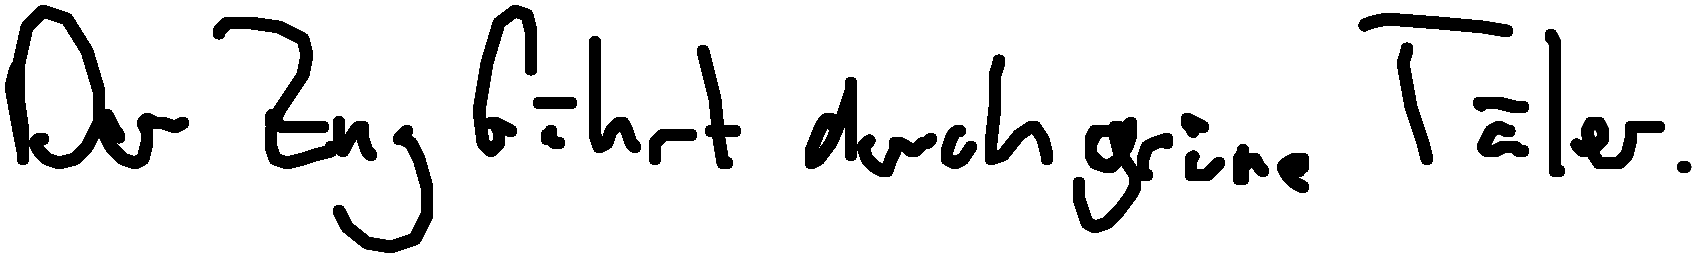
Der Zug fährt durch grüne Täler.